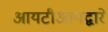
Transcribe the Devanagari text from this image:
आयटीआयद्वारे